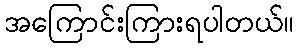
အကြောင်းကြားရပါတယ်။